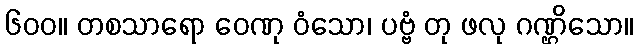
၆၀၀။ တစသာရော ဝေဏု ဝံသော၊ ပဗ္ဗံ တု ဖလု ဂဏ္ဌိသော။